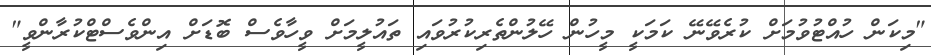
"މިކަން ހުއްޓުވުމަށް ކުރެވޭނޭ ކަމަކީ މީހުން ހޭލުންތެރިކުރުވައި ތައުލީމަށް ވީހާވެސް ބޮޑަށް އިންވެސްޓްކުރާންވީ"